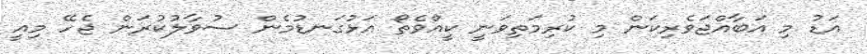
އަޑު މި އަބާއްޖަވެރިކަން މި ކުރިމަތިވަނީ ކީއްވެތޯ އަޅުގަނޑުމެން ސުވާލުކުރަން ޖެހޭ މިއީ